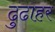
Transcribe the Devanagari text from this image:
ढुढाहर